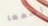
إسمعا